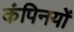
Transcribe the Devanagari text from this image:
कंपिनयों